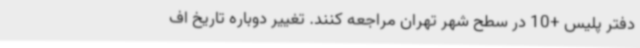
دفتر پلیس +10 در سطح شهر تهران مراجعه کنند. تغییر دوباره تاریخ اف